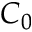
C _ { 0 }